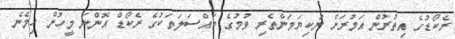
ރެކޯޑުގެ އިތުރުން އަމުރަށް ނުކިޔަމަންތެރި ވުމުގެ މައްސަލަތަކުގެ ރެކޯޑް އޮންނަ މީހުން ހިމެނެ